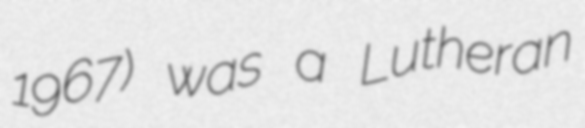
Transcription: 1967) was a Lutheran